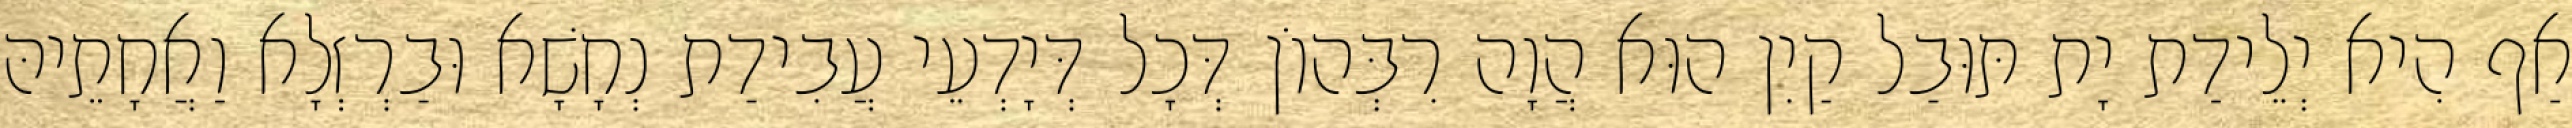
אַף הִיא יְלֵידַת יָת תּוּבַל קַיִן הוּא הֲוָה רִבְּהוֹן דְּכָל דְּיָדְעֵי עֲבִידַת נְחָשָׁא וּבַרְזְלָא וַאֲחָתֵיהּ